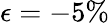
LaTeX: \epsilon=-5\%